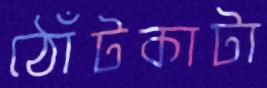
ঠোঁটকাটা